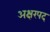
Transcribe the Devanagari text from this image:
अक्षरपद